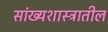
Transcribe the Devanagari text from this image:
सांख्यशास्त्रातील